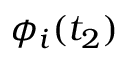
\phi _ { i } ( t _ { 2 } )